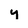
Character: y